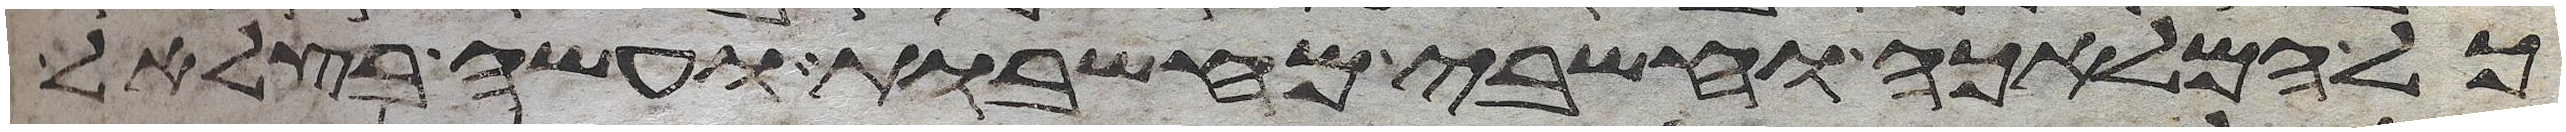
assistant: כל המלאכה וחשבי מחשבות ועשה בצלאל